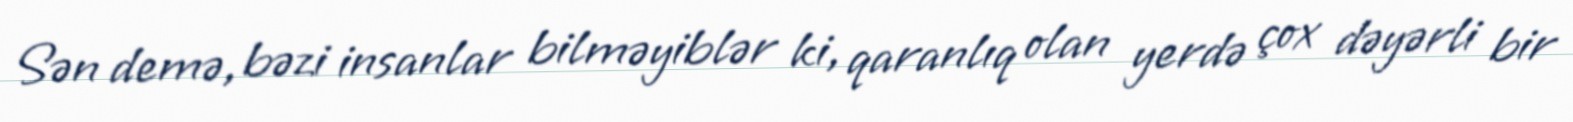
Sən demə, bəzi insanlar bilməyiblər ki, qaranlıq olan yerdə çox dəyərli bir